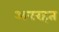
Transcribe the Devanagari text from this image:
अपरहत